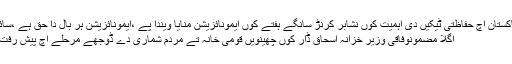
پچھلا مضمونپاکستان اچ حفاظتی ٹیکیں دی اہمیت کوں نشابر کرنڑ سانگے ہفتے کوں ایمونائزیشن منایا ویندا پے ،ایمونائزیشن ہر بال دا حق ہے ،سائر ہ افضل تارڑ
اگلا مضمونوفاقی وزیر خزانہ اسحاق ڈار کوں چھینویں قومی خانہ تے مردم شماری دے ڈوجھے مرحلے اچ پیش رفت بارے بریفنگ